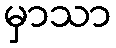
မှာသာ